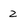
Character: 2